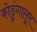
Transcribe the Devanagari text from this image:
कोडुंगालूर